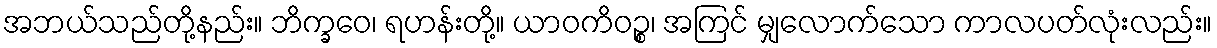
အဘယ်သည်တို့နည်း။ ဘိက္ခဝေ၊ ရဟန်းတို့။ ယာဝကိဝဉ္စ၊ အကြင် မျှလောက်သော ကာလပတ်လုံးလည်း။